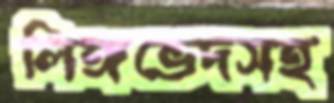
লিঙ্গভেদসহ